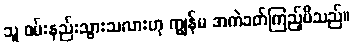
သူ ဝမ်းနည်းသွားသလားဟု ကျွန်မ အကဲခတ်ကြည့်မိသည်။